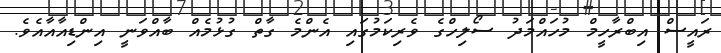
ރައީސް އިބްރާހީމް މުހައްމަދު ސޯލިހްގެ ވެރިކަމުގައި އެންމެ ގާތް ގުޅުމެއް ބާއްވަނީ އިންޑިއާއާއެވެ.